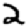
Digit: 2